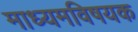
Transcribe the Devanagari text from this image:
माध्यमविषयक